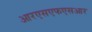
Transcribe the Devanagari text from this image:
आरएसएफएसआर